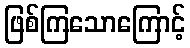
ဖြစ်ကြသောကြောင့်